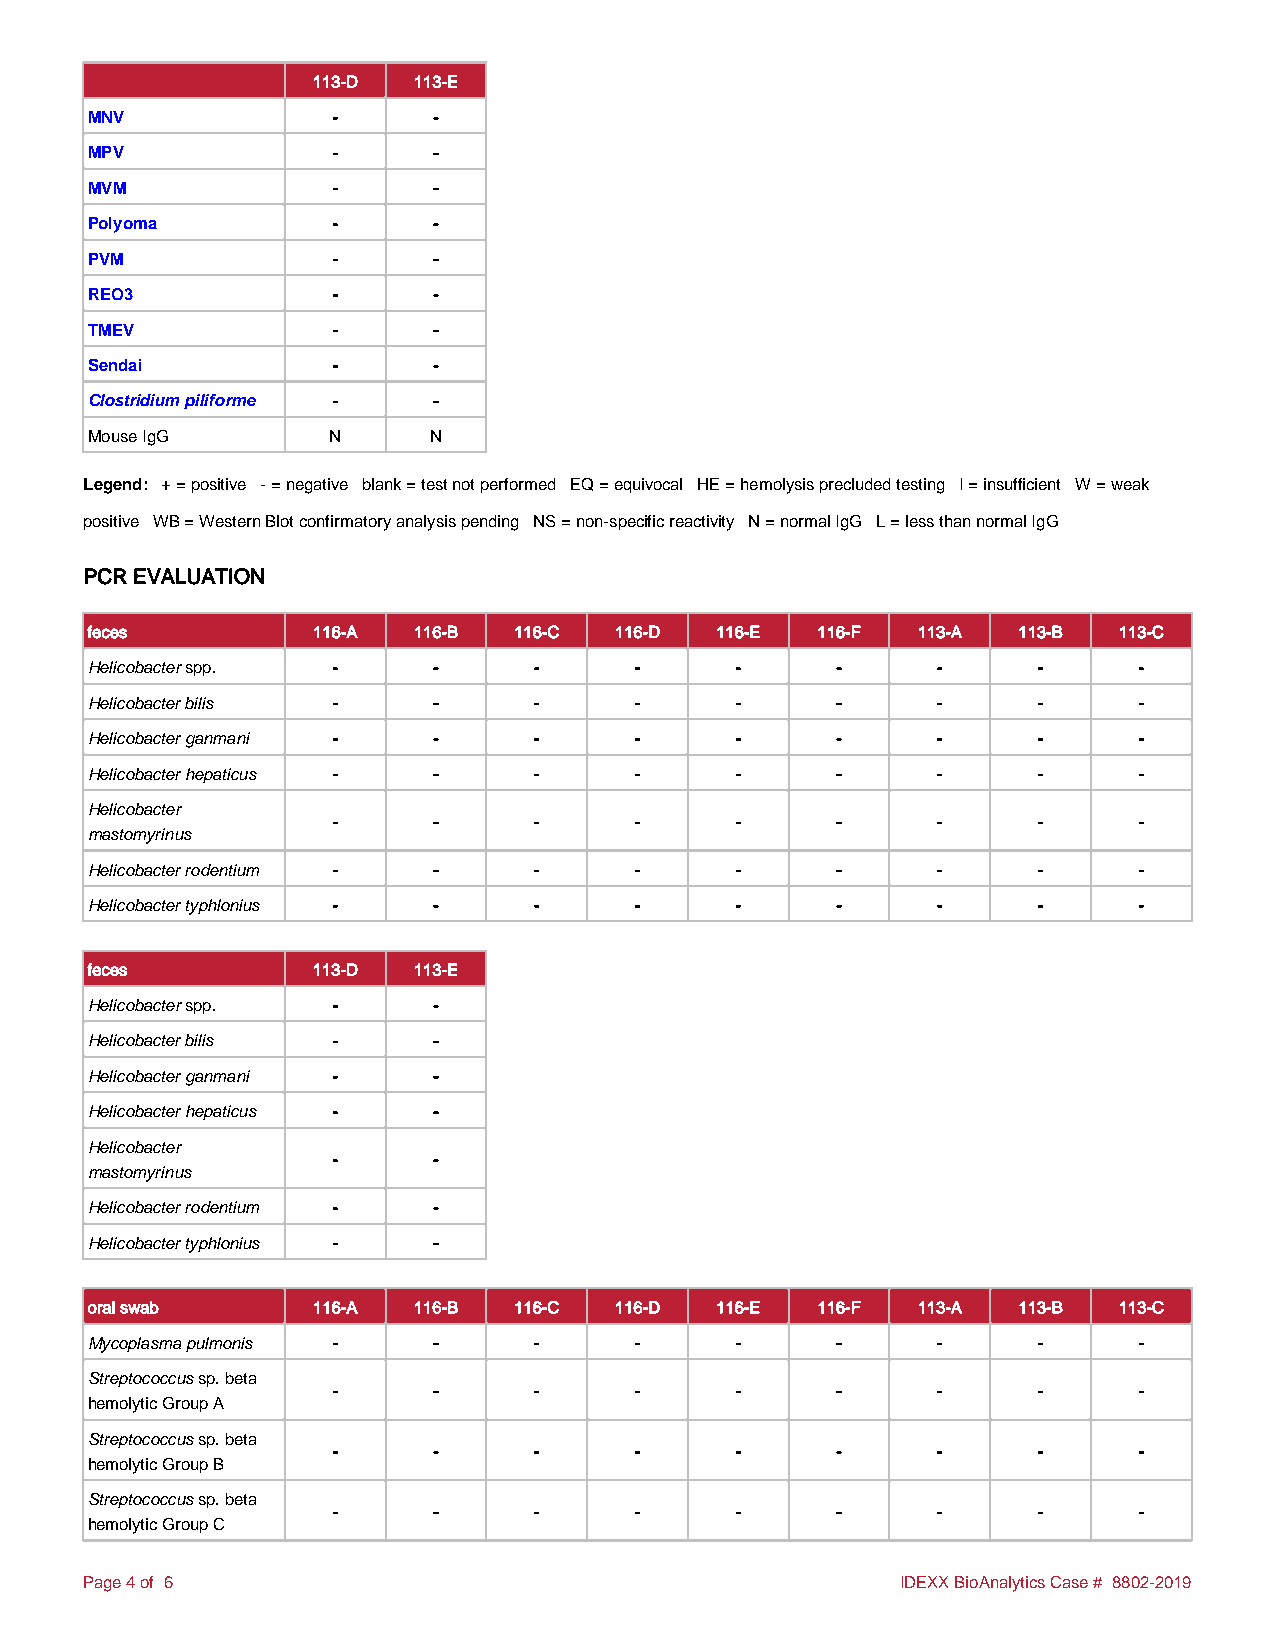
113-D 113-E
 MNV             -      -
 MPV             -      -
 MVM             -      -
 Polyoma         -      -
 PVM             -      -
 REO3            -      -
 TMEV            -      -
 Sendai          -      -
 Clostridium piliforme - -
 Mouse IgG       N     N
 Legend: + = positive - = negative blank = test not performed EQ = equivocal HE = hemolysis precluded testing I = insufficient W = weak
 positive WB = Western Blot confirmatory analysis pending NS = non-specific reactivity N = normal IgG L = less than normal IgG
 PCR EVALUATION
 feces          116-A 116-B  116-C  116-D 116-E  116-F  113-A 113-B  113-C
 Helicobacter spp. -    -     -      -      -     -      -      -     -
 Helicobacter bilis -   -     -      -      -     -      -      -     -
 Helicobacter ganmani - -     -      -      -     -      -      -     -
 Helicobacter hepaticus - -   -      -      -     -      -      -     -
 Helicobacter
 -      -     -      -      -     -      -      -     -
 mastomyrinus
 Helicobacter rodentium - -   -      -      -     -      -      -     -
 Helicobacter typhlonius - -  -      -      -     -      -      -     -
 feces          113-D 113-E
 Helicobacter spp. -    -
 Helicobacter bilis -   -
 Helicobacter ganmani - -
 Helicobacter hepaticus - -
 Helicobacter
 -      -
 mastomyrinus
 Helicobacter rodentium - -
 Helicobacter typhlonius - -
 oral swab      116-A 116-B  116-C  116-D 116-E  116-F  113-A 113-B  113-C
 Mycoplasma pulmonis -  -     -      -      -     -      -      -     -
 Streptococcus sp. beta
 -      -     -      -      -     -      -      -     -
 hemolytic Group A
 Streptococcus sp. beta
 -      -     -      -      -     -      -      -     -
 hemolytic Group B
 Streptococcus sp. beta
 -      -     -      -      -     -      -      -     -
 hemolytic Group C
 Page 4 of 6                                           IDEXX BioAnalytics Case # 8802-2019